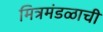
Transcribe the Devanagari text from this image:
मित्रमंडळाची